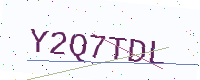
Text: Y2Q7TDL